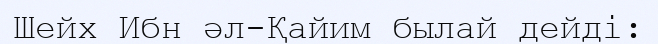
Шейх Ибн әл-Қайим былай дейді: